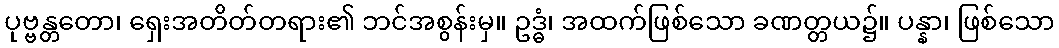
ပုဗ္ဗန္တတော၊ ရှေးအတိတ်တရား၏ ဘင်အစွန်းမှ။ ဥဒ္ဓံ၊ အထက်ဖြစ်သော ခဏတ္တယ၌။ ပန္နာ၊ ဖြစ်သော